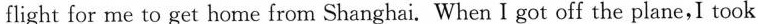
flight for me to get home from Shanghai. When I got off the plane，I took